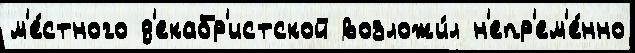
м'е́стного д'екабр'истской возложи́л н'епр'ем'е́нно